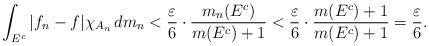
LaTeX: \begin{align*}\int_{E^c}|f_n-f|\chi_{A_n}\,dm_n< \frac{ \varepsilon }{6} \cdot \frac{m_n(E^c )}{m(E^c)+1} < \frac{ \varepsilon }{6} \cdot \frac{ m(E^c)+1}{m(E^c)+1} =\frac{ \varepsilon }{6}.\end{align*}